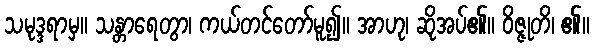
သမုဒ္ဒရာမှ။ သန္တာရေတွာ၊ ကယ်တင်တော်မူ၍။ အာဟု၊ ဆိုအပ်၏။ ဝိဇ္ဇုတိ၊ ၏။